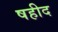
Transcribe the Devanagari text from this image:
षहीद